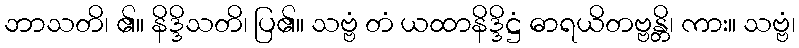
ဘာသတိ၊ ၏။ နိဒ္ဒိသတိ၊ ပြ၏။ သဗ္ဗံ တံ ယထာနိဒ္ဒိဋ္ဌံ ဓာရယိတဗ္ဗန္တိ၊ ကား။ သဗ္ဗံ၊